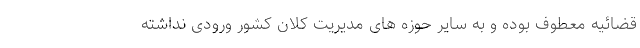
قضائیه معطوف بوده و به سایر حوزه های مدیریتِ کلان کشور ورودی نداشته